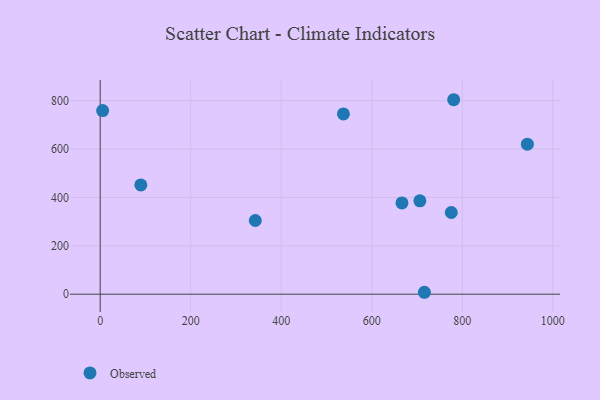
{"axis": {"x": "Ad Spend", "y": "Salary"}, "legend": ["Observed"], "data": [{"x": "716.3", "y": 7.9, "type": "Observed"}, {"x": "781.0", "y": 804.2, "type": "Observed"}, {"x": "5.4", "y": 759.2, "type": "Observed"}, {"x": "706.3", "y": 386.0, "type": "Observed"}, {"x": "89.8", "y": 451.9, "type": "Observed"}, {"x": "943.8", "y": 620.2, "type": "Observed"}, {"x": "342.7", "y": 304.8, "type": "Observed"}, {"x": "537.4", "y": 745.4, "type": "Observed"}, {"x": "775.7", "y": 337.9, "type": "Observed"}, {"x": "666.7", "y": 377.3, "type": "Observed"}]}